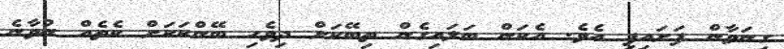
ގިނަވާން ފަށައިފި އެވެ. އެކަން ބަލައިގެން ތިބޭކަށް ދިވެހި ބޭންކަކަށް ކެތެއް ނުވާނެ